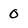
Character: 0